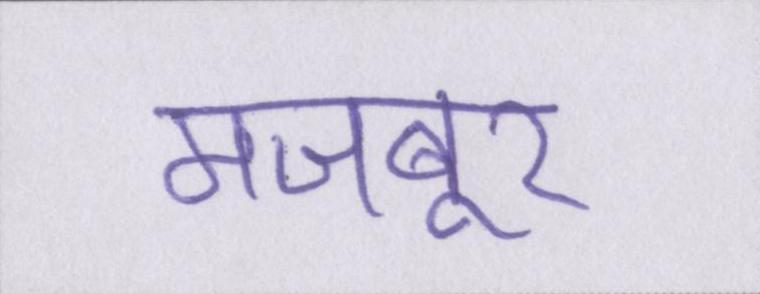
मजबूर